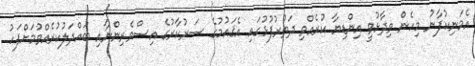
އެމަނިކުފާނު މިހެން ވިދާޅުވީ އިންޑިޔާ ކުރެއްވި ދަތުރުފުޅުގައި އެޤައުމުގެ ސަރުކާރުގެ އިސްވެރިންނާއި ބައްދަލުކުރެއްވުމަށްފަހު